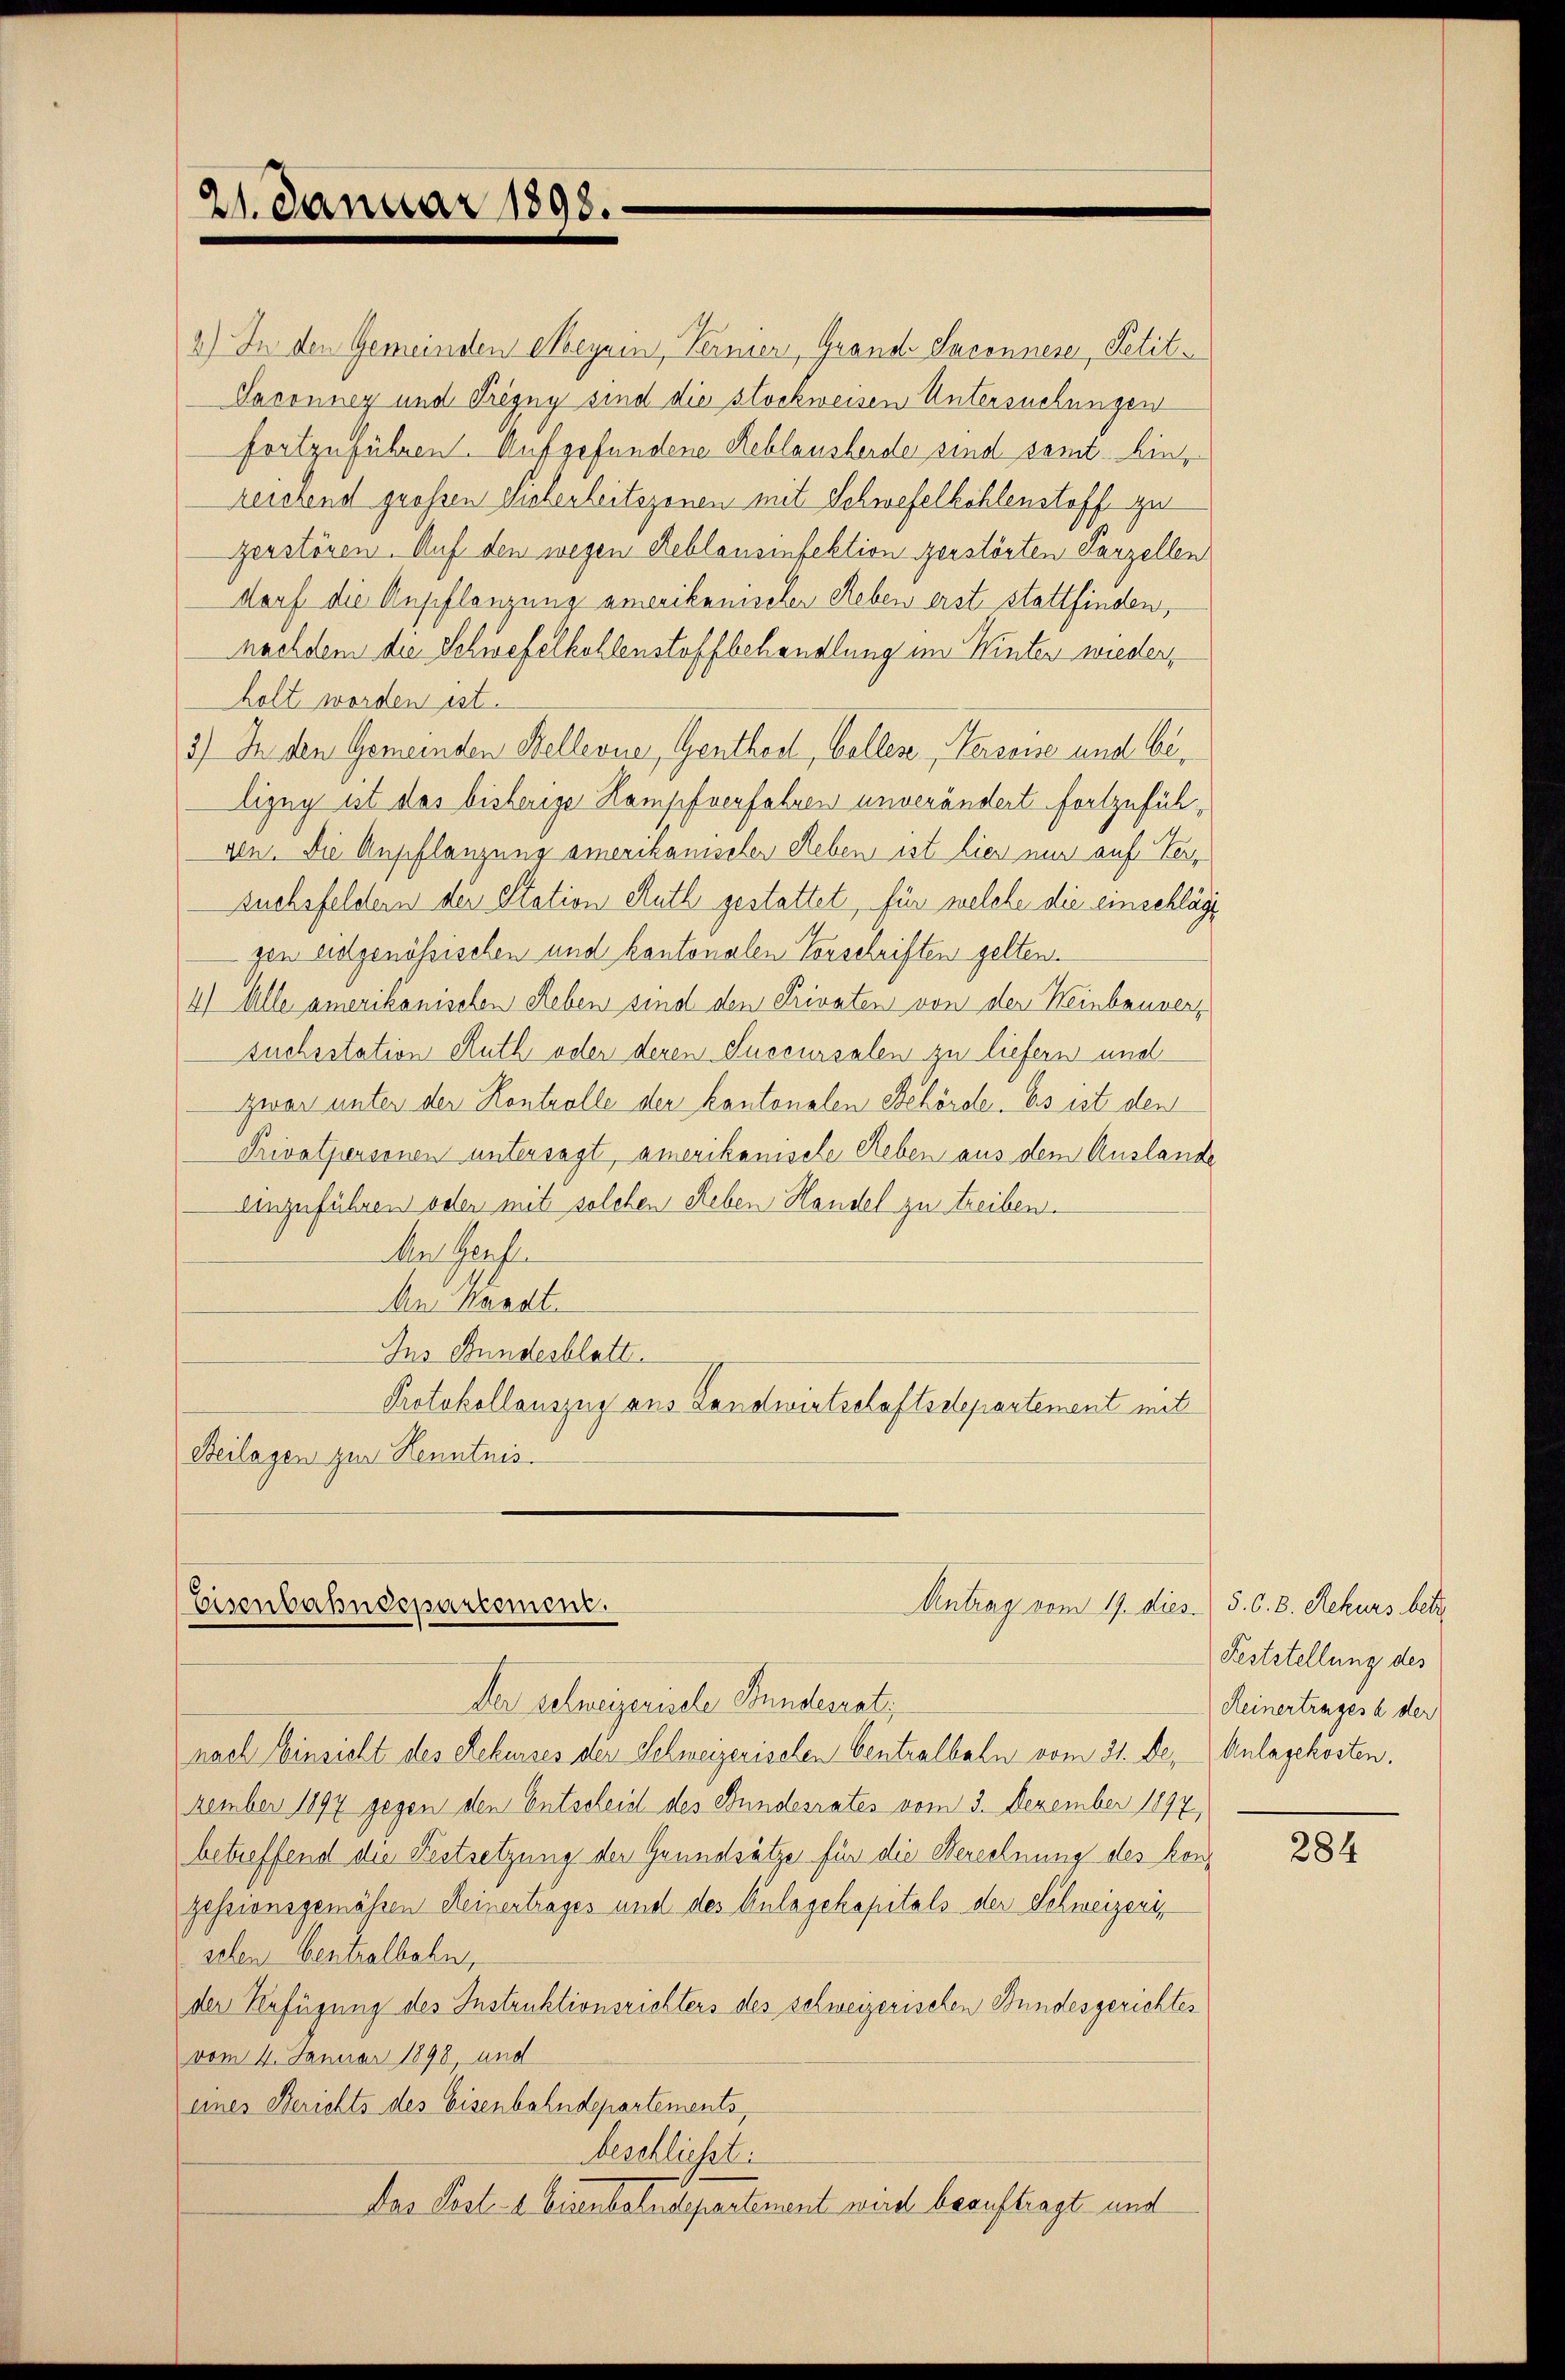
21. Januar 1890.

2) In den Gemeinden Meyrin, Vermer, Grande Suconnere, Petit¬
Saronney und Trigny sind die stockweisen Untersuchungen
fortzuführen. Aufgefundene Reblausherde sind samt hin
reichend großen Sichenleitszonen mit Schwefelkohlenstoff zu
zerstören. Auf den wegen Reblansinfektion zerstörten Parzellen
dorf die Anpflanzung amerikanischer Reben erst stattfinden,
nachdem die Schwefelkollenstoffbehandlung im Winter wieder,
holt worden ist.
3) In den Gemeinden Stellerner, Gentheil, Colles Persone und belizey ut das bisherige Kampfverfahren unverändert fortzufühgen. Die Anpflanzung amerikanischen Reben ist hier nur auf Tersuchsfeldern der Station Ruth gestattet, für welche die einschläge
gen eidgenössischen und kantonalen Vorschriften gelten.
4) Alle amerikanischen Leben sind den Privaten von der Weinbenversuchsstation Ruth oder deren Succursalen zu liefern und
zwar unter der Kontrolle der kantonalen Behörde. Es ist den
Privatpersonen untersagt, amerikanische Reben aus dem Auslande
Anzuführen oder mit solchen Reben Handel zu treiben.
An Genf
An Kanat
Ins Bundesblatt.
Protokollauszug aus Landwirtschaftsdepartement mit
Beilagen zur Kenntnis.

Antrag vom 17. dies. 5. 6. 8. Rekurs betr
Eisenbahndepartement.
Der schweizerische Bundesrat;

nach Einsicht des Rekurses der Schweizerischen Centralbahn vom 31. de. Anlagekosten.
zember 1897 gegen den Entscheid des Bundesrates vom 3. Dezember 1897
betreffend die Festsetzung der Grundsätze für die Berechnung des konzessionsgemässen Heinertrages und des Anlagekapitals der Schweizeri,
selen Centralbahn,
der Anfügung des Instruktionsrichters des schweizerischen Bundesgerichtes
vom 4. Januar 1898, und
eines Berichts des Eisenbahndepartements,
beschließt:
Das Post- & Eisenbahndepartement wird beauftragt und

Feststellung des
Keinertrages a der

284